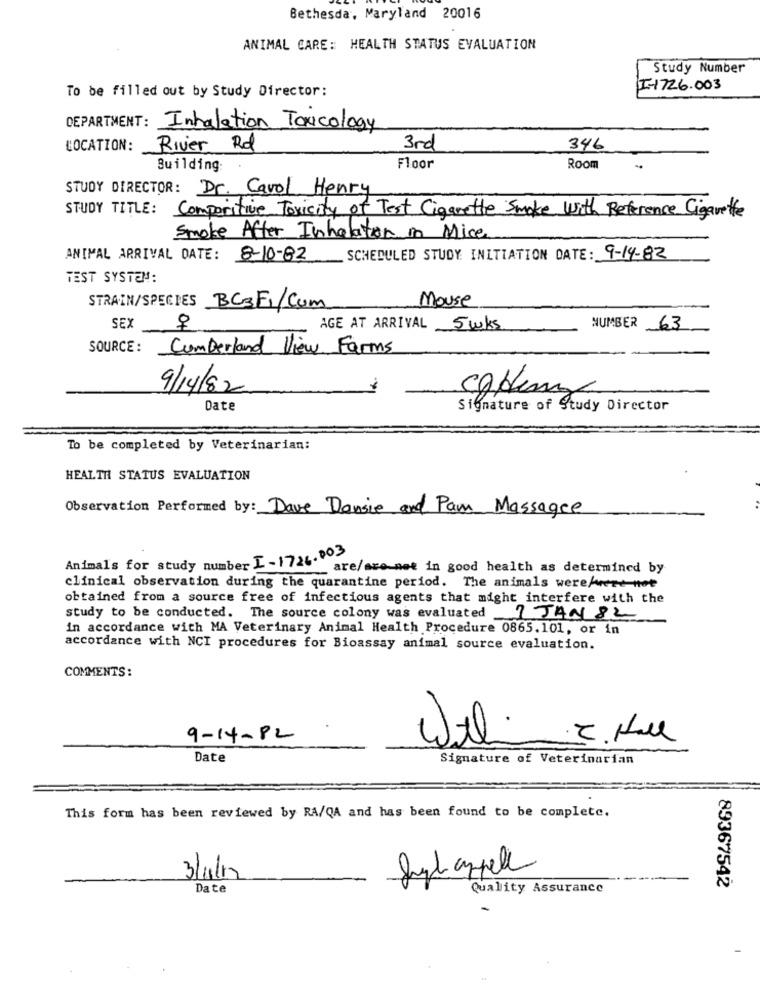
Bethesda, Maryland 20016
ANIMAL CARE: HEALTH STATUS EVALUATION
Study Number
To be filled out by Study Director:
I-1726.003
DEPARTMENT: Inhalation Toxicology
LOCATION:
River Rd
3rd
346
Building:
Floor
Room
STUDY DIRECTOR: Dr. Cavol, Henry
STUDY TITLE: Comporitive Toxicity of Test Cigarette Smoke with Reference Cigarette
Smoke After Inhalation in Mice
ANIMAL ARRIVAL DATE: 8-10-82
SCHEDULED STUDY INITIATION DATE: 9-14-82
TEST SYSTEM:
Mouse
STRAIN/SPECIES BC3F1/Com
SEX
AGE AT ARRIVAL 5 wks
NUMBER 63
SOURCE :
Cumberland View Farms
9/14/82
-
COHerz
Date
Signature of Study Director
To be completed by Veterinarian:
HEALTH STATUS EVALUATION
Observation Performed by: Dave Dansie and Pam Massagee
Animals for study number I-1726.003
are/are not in good health as determined by
clinical observation during the quarantine period. The animals were/vert not
obtained from a source free of infectious agents that might interfere with the
study to be conducted. The source colony was evaluated 7 JAN 82
-
in accordance with MA Veterinary Animal Health Procedure 0865.101, or in
accordance with NCI procedures for Bioassay animal source evaluation.
COMMENTS:
.
9-14-82
Date
Signature of Veterinarian
This form has been reviewed by RA/QA and has been found to be complete.
Syl appel
3/4/12
Date
Quality Assurance
89367542